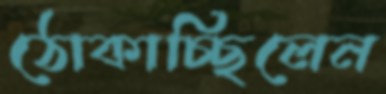
ঠোকাচ্ছিলেন